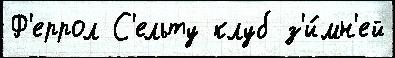
Ф'еррол С'ельту клуб з'и́мн'ей